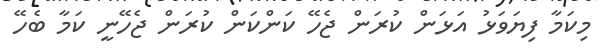
މިކަމާ ފިޔަވަޅު އަޅަން ކުރަން ޖެހޭ ކަންކަން ކުރަން ޖެހޭނީ ކަމާ ބެހޭ